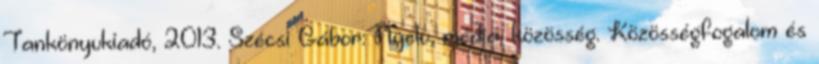
Tankönyvkiadó, 2013. Szécsi Gábor: Nyelv, média, közösség. Közösségfogalom és